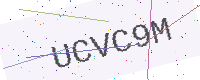
Text: UCVC9M